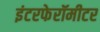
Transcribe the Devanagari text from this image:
इंटरफेरॉमीटर